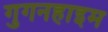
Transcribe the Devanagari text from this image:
गुगनहाइम